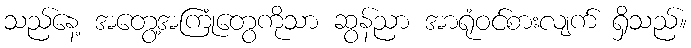
သည်နေ့ အတွေ့အကြုံတွေကိုသာ ဆွန်ညာ အာရုံဝင်စားလျက် ရှိသည်။